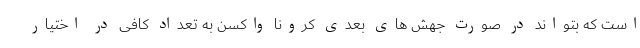
است که بتواند در صورت جهش های بعدی کرونا واکسن به تعداد کافی در اختیار